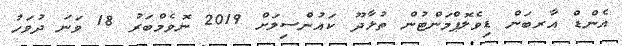
އެންޑް އާރބަން ޑިވެލޮޕްމަންޓުން ތުޅާދޫ ކައުންސިލަށް 2019 ނޮވެމްބަރު 18 ވަނަ ދުވަހު